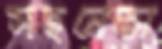
সহনেতা